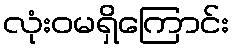
လုံးဝမရှိကြောင်း